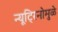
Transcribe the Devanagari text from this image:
न्यूट्रिनोमुळे